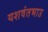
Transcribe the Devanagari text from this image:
यशवंतभाउ